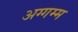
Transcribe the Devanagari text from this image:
अग्गम्म